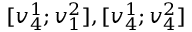
[ v _ { 4 } ^ { 1 } ; v _ { 1 } ^ { 2 } ] , [ v _ { 4 } ^ { 1 } ; v _ { 4 } ^ { 2 } ]